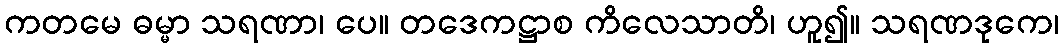
ကတမေ ဓမ္မာ သရဏာ၊ ပေ။ တဒေကဋ္ဌာစ ကိလေသာတိ၊ ဟူ၍။ သရဏဒုကေ၊